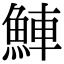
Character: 𬵒